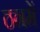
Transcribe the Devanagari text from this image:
ठनमें